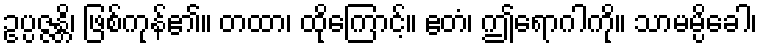
ဥပ္ပဇ္ဇန္တိ၊ ဖြစ်ကုန်၏။ တထာ၊ ထိုကြောင့်။ ဧတံ၊ ဤရောဂါကို။ သာမမ္ပိခေါ၊